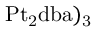
\mathrm { P t _ { 2 } d b a ) _ { 3 } }